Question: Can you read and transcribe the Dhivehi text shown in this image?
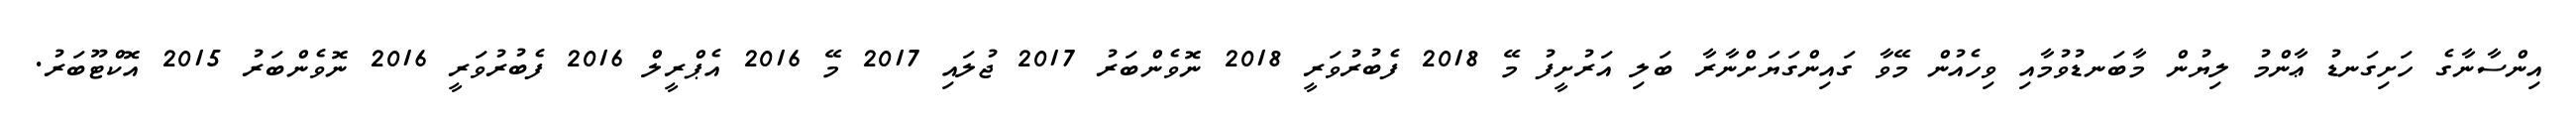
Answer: އިންސާނާގެ ހަށިގަނޑު ޢާންމު ލިޔުން މާބަނޑުވުމާއި ވިހެއުން މޭވާ ގައިންގަޔަށްނާރާ ބަލި އަރުށީފު މޭ 2018 ފެބުރުވަރީ 2018 ނޮވެންބަރު 2017 ޖުލައި 2017 މޭ 2016 އެޕްރީލް 2016 ފެބުރުވަރީ 2016 ނޮވެންބަރު 2015 އޮކްޓޫބަރު.